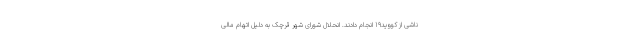
ناشی از کووید19 انجام دادند. انحلال شورای شهر قرچک به دلیل اتهام مالی